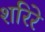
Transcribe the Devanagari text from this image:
शरिरे